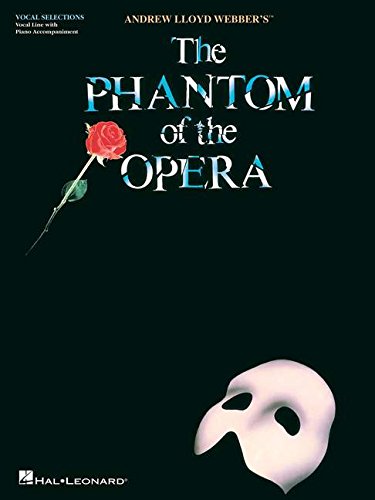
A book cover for The Phantom of the Opera: Broadway Singer's Edition; Humor & Entertainment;